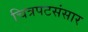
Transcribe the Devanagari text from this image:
चित्रपटसंसार